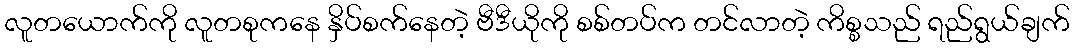
လူတယောက်ကို လူတစုကနေ နှိပ်စက်နေတဲ့ ဗီဒီယိုကို စစ်တပ်က တင်လာတဲ့ ကိစ္စသည် ရည်ရွယ်ချက်